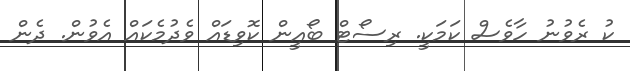
ކު ރެވުނު ހާވެސް ކަމަކީ. ރިސޯޓް ބޯއީން ކޮވިޑައް ވެދުމެކައް އެވުން. ދެން